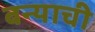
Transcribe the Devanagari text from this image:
बन्याची